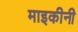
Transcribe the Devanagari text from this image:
माइकीनी